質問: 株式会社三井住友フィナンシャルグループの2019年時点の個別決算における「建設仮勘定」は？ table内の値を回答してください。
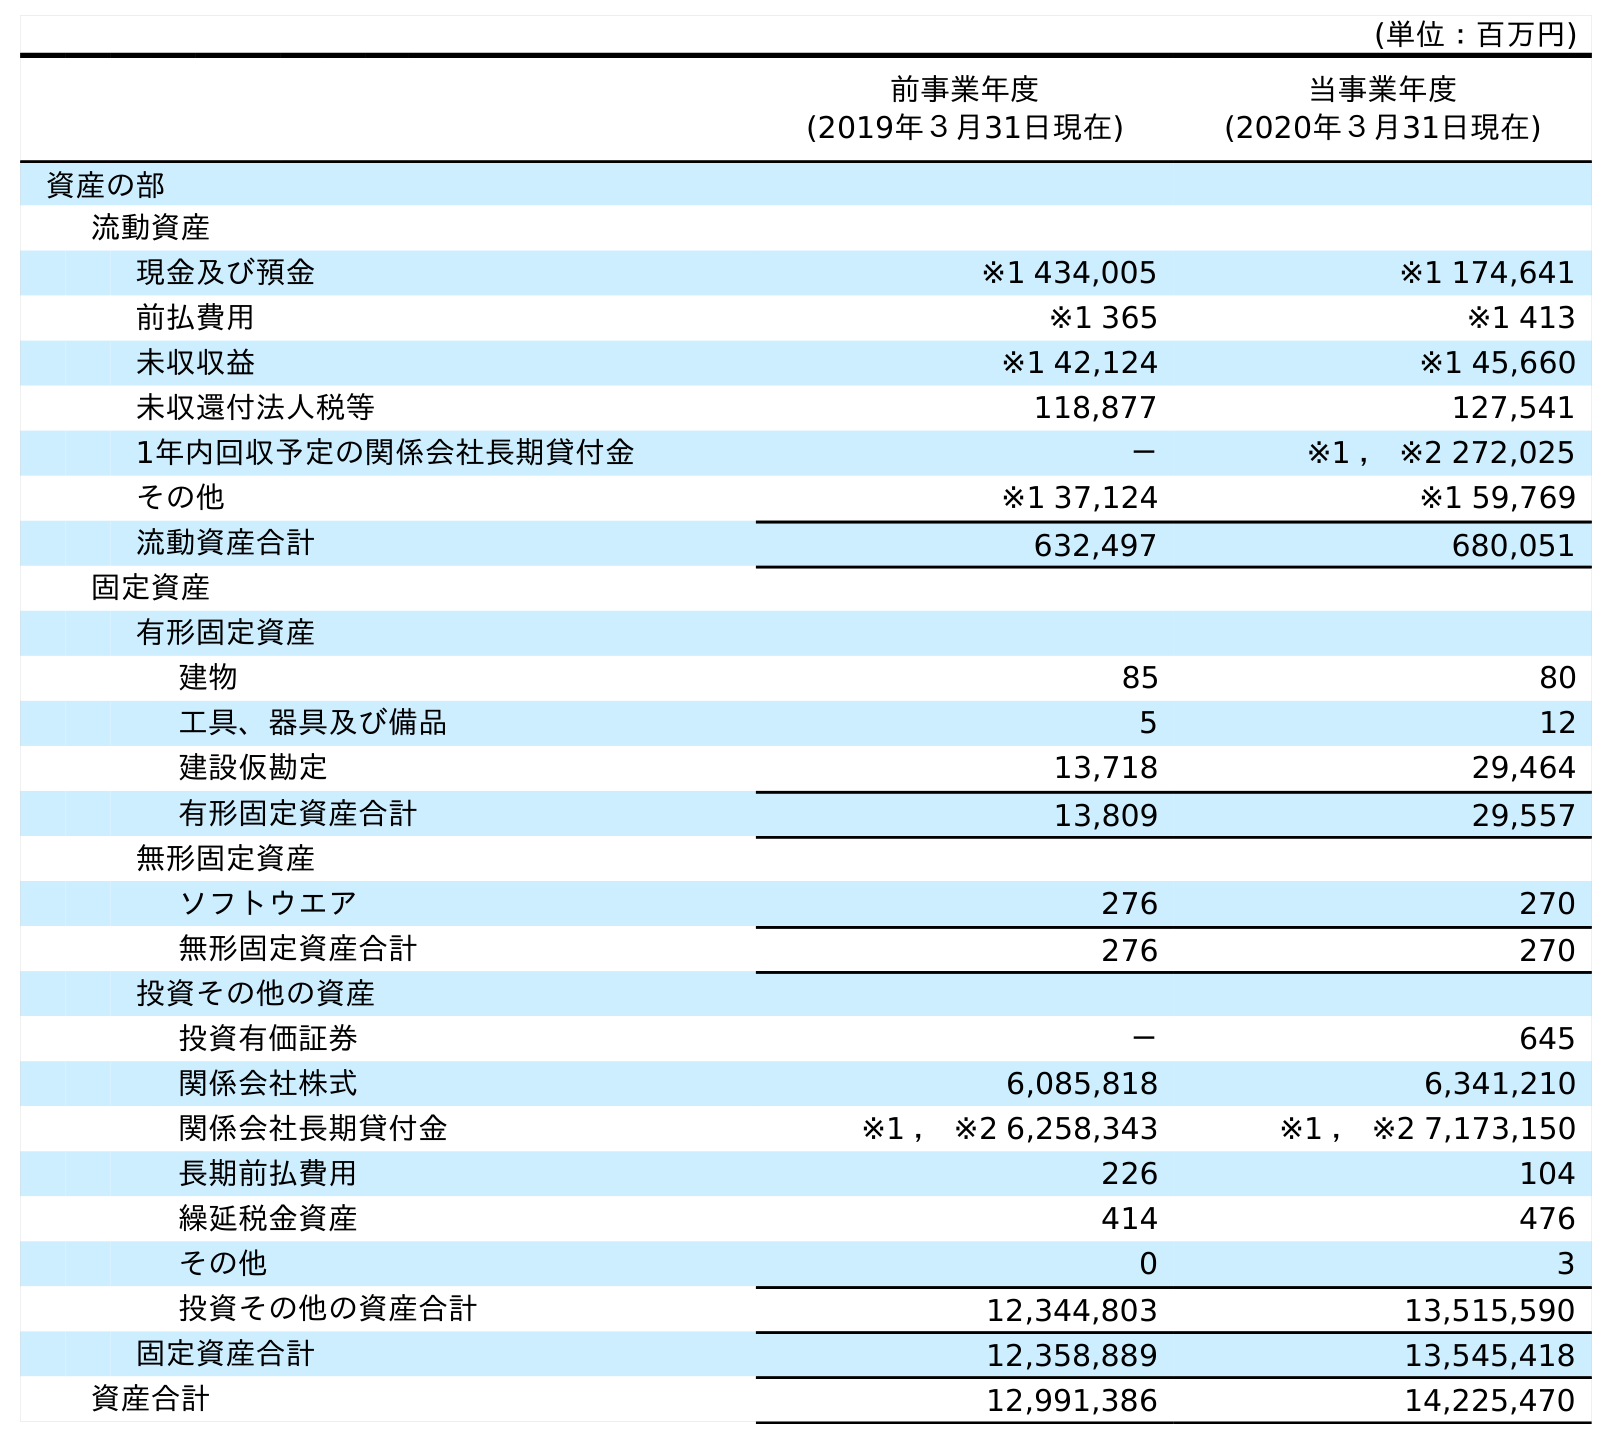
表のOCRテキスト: (単位：百万円) 前事業年度 (2019年３月31日現在) 当事業年度 (2020年３月31日現在) 資産の部 流動資産 現金及び預金 ※1 434,005 ※1 174,641 前払費用 ※1 365 ※1 413 未収収益 ※1 42,124 ※1 45,660 未収還付法人税等 118,877 127,541 1年内回収予定の関係会社長期貸付金 － ※1 ， ※2 272,025 その他 ※1 37,124 ※1 59,769 流動資産合計 632,497 680,051 固定資産 有形固定資産 建物 85 80 工具、器具及び備品 5 12 建設仮勘定 13,718 29,464 有形固定資産合計 13,809 29,557 無形固定資産 ソフトウエア 276 270 無形固定資産合計 276 270 投資その他の資産 投資有価証券 － 645 関係会社株式 6,085,818 6,341,210 関係会社長期貸付金 ※1 ， ※2 6,258,343 ※1 ， ※2 7,173,150 長期前払費用 226 104 繰延税金資産 414 476 その他 0 3 投資その他の資産合計 12,344,803 13,515,590 固定資産合計 12,358,889 13,545,418 資産合計 12,991,386 14,225,470
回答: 13,718